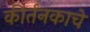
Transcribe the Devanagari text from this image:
कीर्तनकाचे